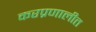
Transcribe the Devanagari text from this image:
करप्रणालीत